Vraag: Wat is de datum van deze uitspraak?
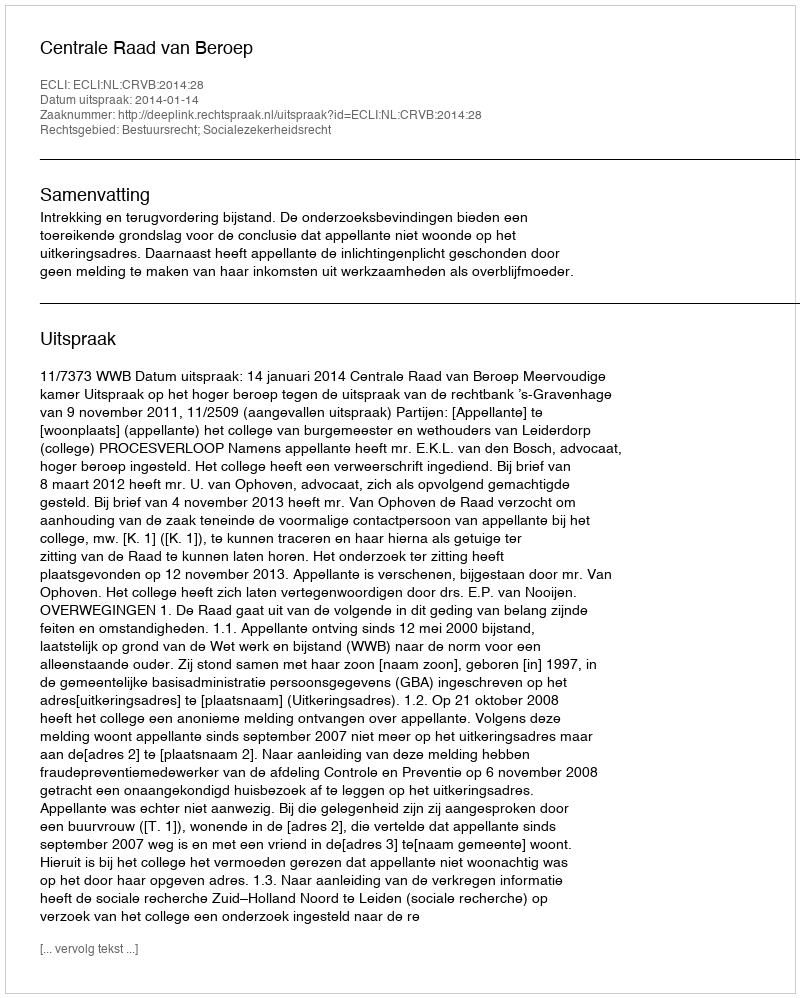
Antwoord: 2014-01-14